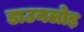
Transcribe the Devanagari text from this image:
डाउनलोड़